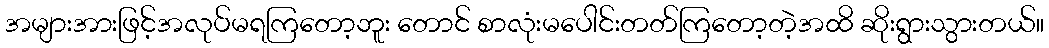
အများအားဖြင့်အလုပ်မရကြတော့ဘူး တောင် စာလုံးမပေါင်းတတ်ကြတော့တဲ့အထိ ဆိုးရွားသွားတယ်။